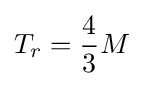
T_{r}={\frac {4}{3}}M